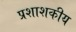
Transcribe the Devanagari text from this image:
प्रशाशकीय